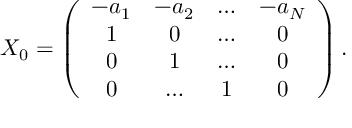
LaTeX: X _ { 0 } = \left( \begin{array} { c c c c } { { - a _ { 1 } } } & { { - a _ { 2 } } } & { { \dots } } & { { - a _ { N } } } \\ { { 1 } } & { { 0 } } & { { \dots } } & { { 0 } } \\ { { 0 } } & { { 1 } } & { { \dots } } & { { 0 } } \\ { { 0 } } & { { \dots } } & { { 1 } } & { { 0 } } \end{array} \right) .